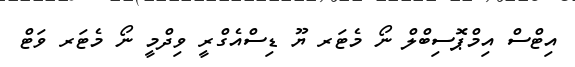
އިޓްސް އިމްޕޮސިބްލް ނޯ މެޓަރ ޔޫ ޑިސްއެގްރީ ވިދްމީ ނޯ މެޓަރ ވަޓް